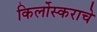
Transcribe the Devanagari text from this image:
किर्लोस्कराचे